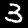
Label: 3